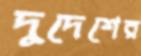
দুদেশের